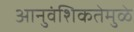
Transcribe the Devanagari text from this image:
आनुवंशिकतेमुळे